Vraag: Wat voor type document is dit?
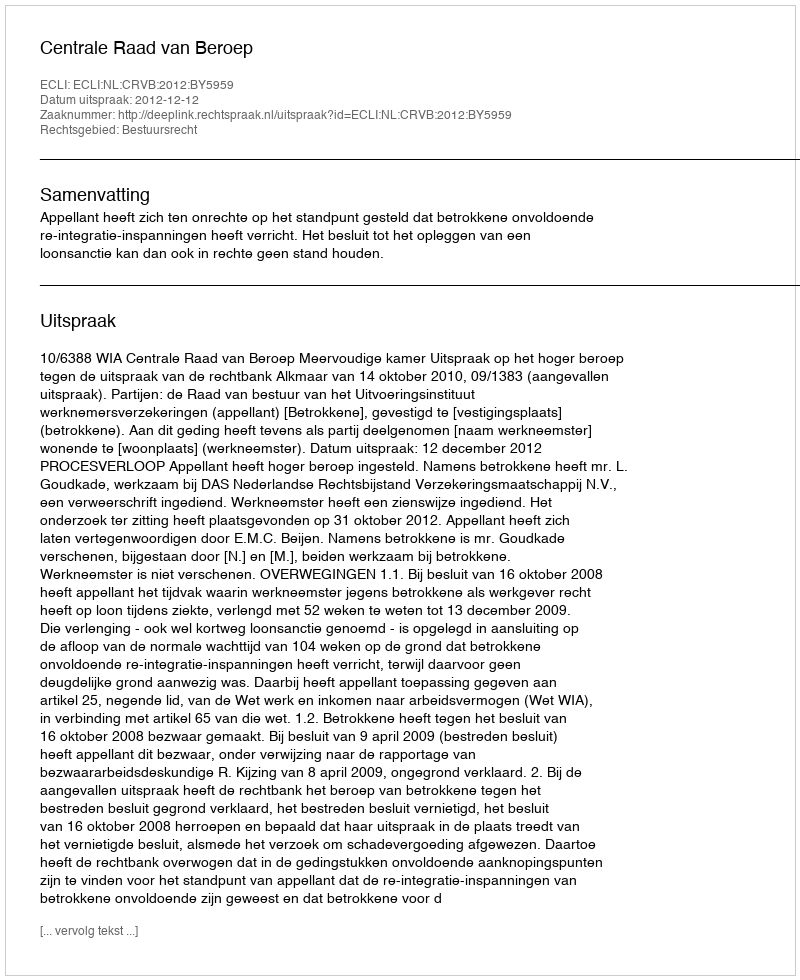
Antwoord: Uitspraak